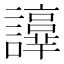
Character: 𧭫